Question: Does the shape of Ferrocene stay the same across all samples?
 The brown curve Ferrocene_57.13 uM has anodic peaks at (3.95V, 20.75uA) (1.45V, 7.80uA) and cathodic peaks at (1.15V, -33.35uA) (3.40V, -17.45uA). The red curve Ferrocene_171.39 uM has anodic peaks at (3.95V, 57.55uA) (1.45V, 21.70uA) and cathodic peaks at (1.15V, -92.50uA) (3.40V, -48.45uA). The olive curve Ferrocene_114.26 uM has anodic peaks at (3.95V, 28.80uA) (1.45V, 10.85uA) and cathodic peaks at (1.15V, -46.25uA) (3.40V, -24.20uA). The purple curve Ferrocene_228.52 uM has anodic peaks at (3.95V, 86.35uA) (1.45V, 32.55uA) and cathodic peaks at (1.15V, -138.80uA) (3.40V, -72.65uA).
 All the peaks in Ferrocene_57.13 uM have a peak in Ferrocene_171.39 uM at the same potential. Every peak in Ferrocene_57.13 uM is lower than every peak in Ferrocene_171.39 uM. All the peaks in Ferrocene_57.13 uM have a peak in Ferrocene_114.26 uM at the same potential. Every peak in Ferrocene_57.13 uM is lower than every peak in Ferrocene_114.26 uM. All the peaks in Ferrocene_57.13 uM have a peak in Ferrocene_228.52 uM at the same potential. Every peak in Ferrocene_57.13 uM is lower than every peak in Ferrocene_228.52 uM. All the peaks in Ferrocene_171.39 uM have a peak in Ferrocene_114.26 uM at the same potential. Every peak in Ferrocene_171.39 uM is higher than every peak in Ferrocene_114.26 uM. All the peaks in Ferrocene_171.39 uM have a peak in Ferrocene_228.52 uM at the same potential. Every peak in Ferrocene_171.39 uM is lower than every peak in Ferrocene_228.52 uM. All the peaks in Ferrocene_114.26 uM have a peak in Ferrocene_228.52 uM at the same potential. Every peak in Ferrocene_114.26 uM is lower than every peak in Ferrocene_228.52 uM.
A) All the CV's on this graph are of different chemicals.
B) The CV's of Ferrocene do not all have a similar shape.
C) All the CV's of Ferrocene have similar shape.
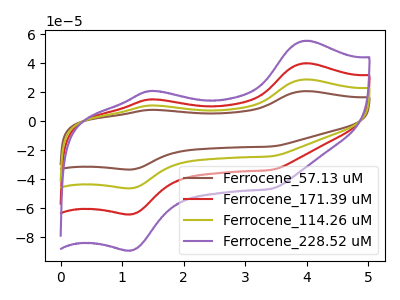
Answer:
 <answer>C) All the CV's of "Ferrocene" have similar shape.</answer>
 <eval>C</eval>